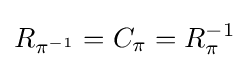
R_{\pi ^{-1}}=C_{\pi }=R_{\pi }^{-1}